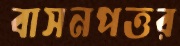
বাসনপত্তর